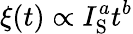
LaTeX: \xi(t)\propto I_{\mathrm{S}}^{a}t^{b}